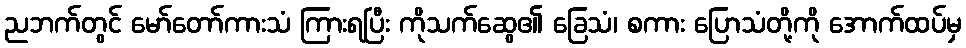
ညဘက်တွင် မော်တော်ကားသံ ကြားရပြီး ကိုသက်ဆွေ၏ ခြေသံ၊ စကား ပြောသံတို့ကို အောက်ထပ်မှ